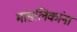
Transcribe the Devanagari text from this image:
मांडलिकांना